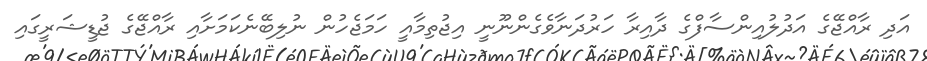
އަދި ރާއްޖޭގެ އަދުލުއިންސާފްގެ ދާއިރާ ހަރުދަނާވެގެންނޫނީ އިޖުތިމާއީ ހަމަޖެހުން ނުލިބޭނެކަމަށާއި ރާއްޖޭގެ ޖުޑީޝަރީގައި